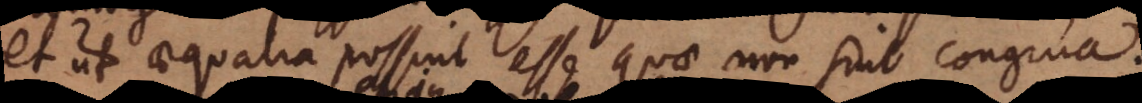
et ut aequalia possint esse quae non sint congrua,